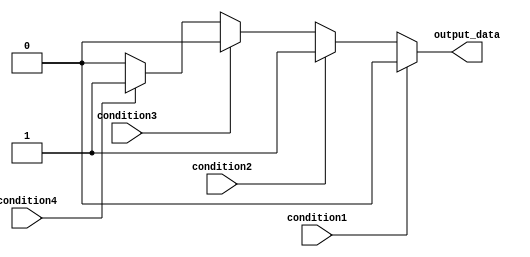
module if_else_ladder (
    input wire condition1,
    input wire condition2,
    input wire condition3,
    input wire condition4,
    output reg output_data
);

always @(*)
begin
    if (condition1)
    begin
        output_data <= 1'b0; // code block for condition1
    end
    else if (condition2)
    begin
        output_data <= 1'b1; // code block for condition2
    end
    else if (condition3)
    begin
        output_data <= 1'b0; // code block for condition3
    end
    else if (condition4)
    begin
        output_data <= 1'b1; // code block for condition4
    end
    else
    begin
        output_data <= 1'b0; // default code block
    end
end

endmodule